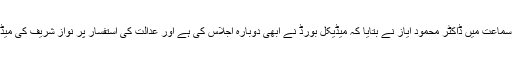
وقفے کے بعد ہونے والی سماعت میں ڈاکٹر محمود ایاز نے بتایا کہ میڈیکل بورڈ نے ابھی دوبارہ اجلاس کی ہے اور عدالت کی استفسار پر نواز شریف کی میڈیکل رپورٹ بھی پیش کی۔